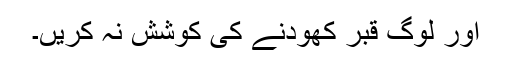
اور لوگ قبر کھودنے کی کوشش نہ کریں۔